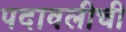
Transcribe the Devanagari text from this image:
पदावलीची